Madras plague regulations and rules for the city of Madras
Disease focus: Plague
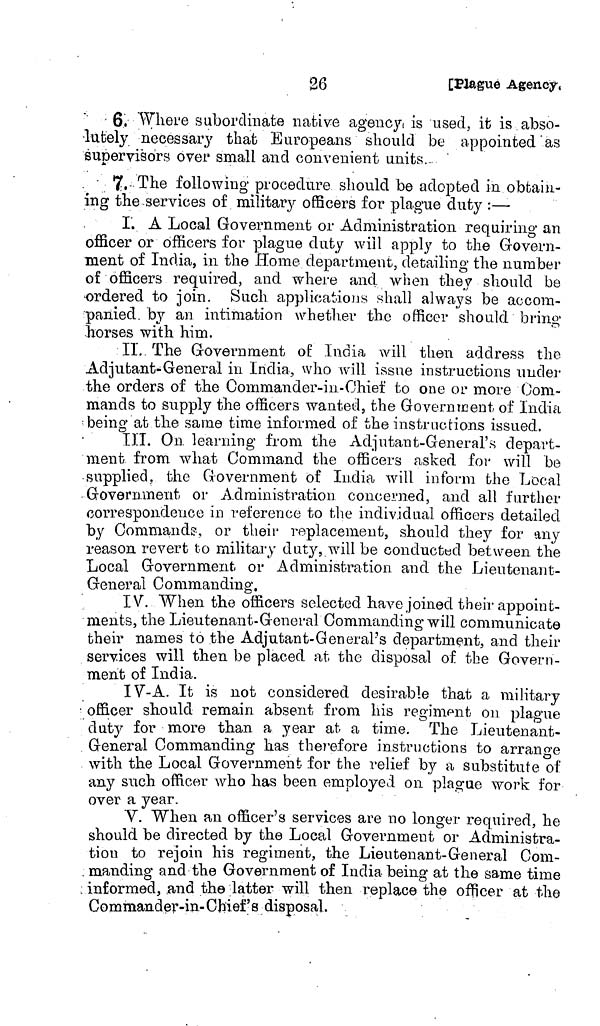
- 6, Where subordinate native agency t is used, it is abso-
lutely necessary that Europeans should be appointed as
supervisors over small and convenient units. -
7. The following procedure should be adopted in obtain-
ing the-services of military officers for plague duty :—
I. A Local Government or Administration requiring an
officer or officers for plague duty will apply to the Govern-
ment of India, in the Home department, detailing the number
of officers required, and where and when they should be
-ordered to join. Such applications shall always be accom-
panied. by an intimation whether the officer should bring
horses with him.
II. The Government of India will then address the
Adjutant-General in India, who will issue instructions under
the orders of the Commander-iii-Chief to one or more Com-
mands to supply the officers wanted, the Government of India
being at the same time informed of the instructions issued.
III. On learning from the Adjutant-General's depart-
ment from what Command the officers asked for will be
supplied, the Government of India will inform the Local
Government or Administration concerned, and all further
correspondence in reference to the individual officers detailed
by Commands, or their replacement, should they for any
reason revert to military duty, will be conducted between the
Local Government or Administration and the Lieutenant-
General Commanding,
IV. When the officers selected have joined their appoint-
ments, the Lieutenant-General Commanding will communicate
their names to the Adjutant-General's department, and their
services will then be placed at the disposal of the Govern-
ment of India.
IV-A. It is not considered desirable that a military
officer should remain absent from his regiment on plague
duty for more than a year at a time. The Lieutenant-
General Commanding has therefore instructions to arrange
with the Local Government for the relief by a substitute of
any such officer who has been employed on plague work for
over a year.
V. When an officer's services are no longer required, he
should be directed by the Local Government or Administra-
tion to rejoin his regiment, the Lieutenant-General Com-
manding and the Government of India being at the same time
informed, and the latter will then replace the officer at the
Commander-in- Chief's disposal.